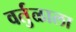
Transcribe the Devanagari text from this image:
वर्तुळाला